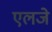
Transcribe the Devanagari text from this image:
एलजे